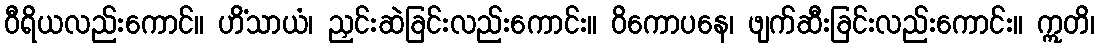
ဝီရိယလည်းကောင်။ ဟိံသာယံ၊ ညှင်းဆဲခြင်းလည်းကောင်း။ ဝိကောပနေ၊ ဖျက်ဆီးခြင်းလည်းကောင်း။ ဣတိ၊